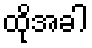
ထိုအခါ